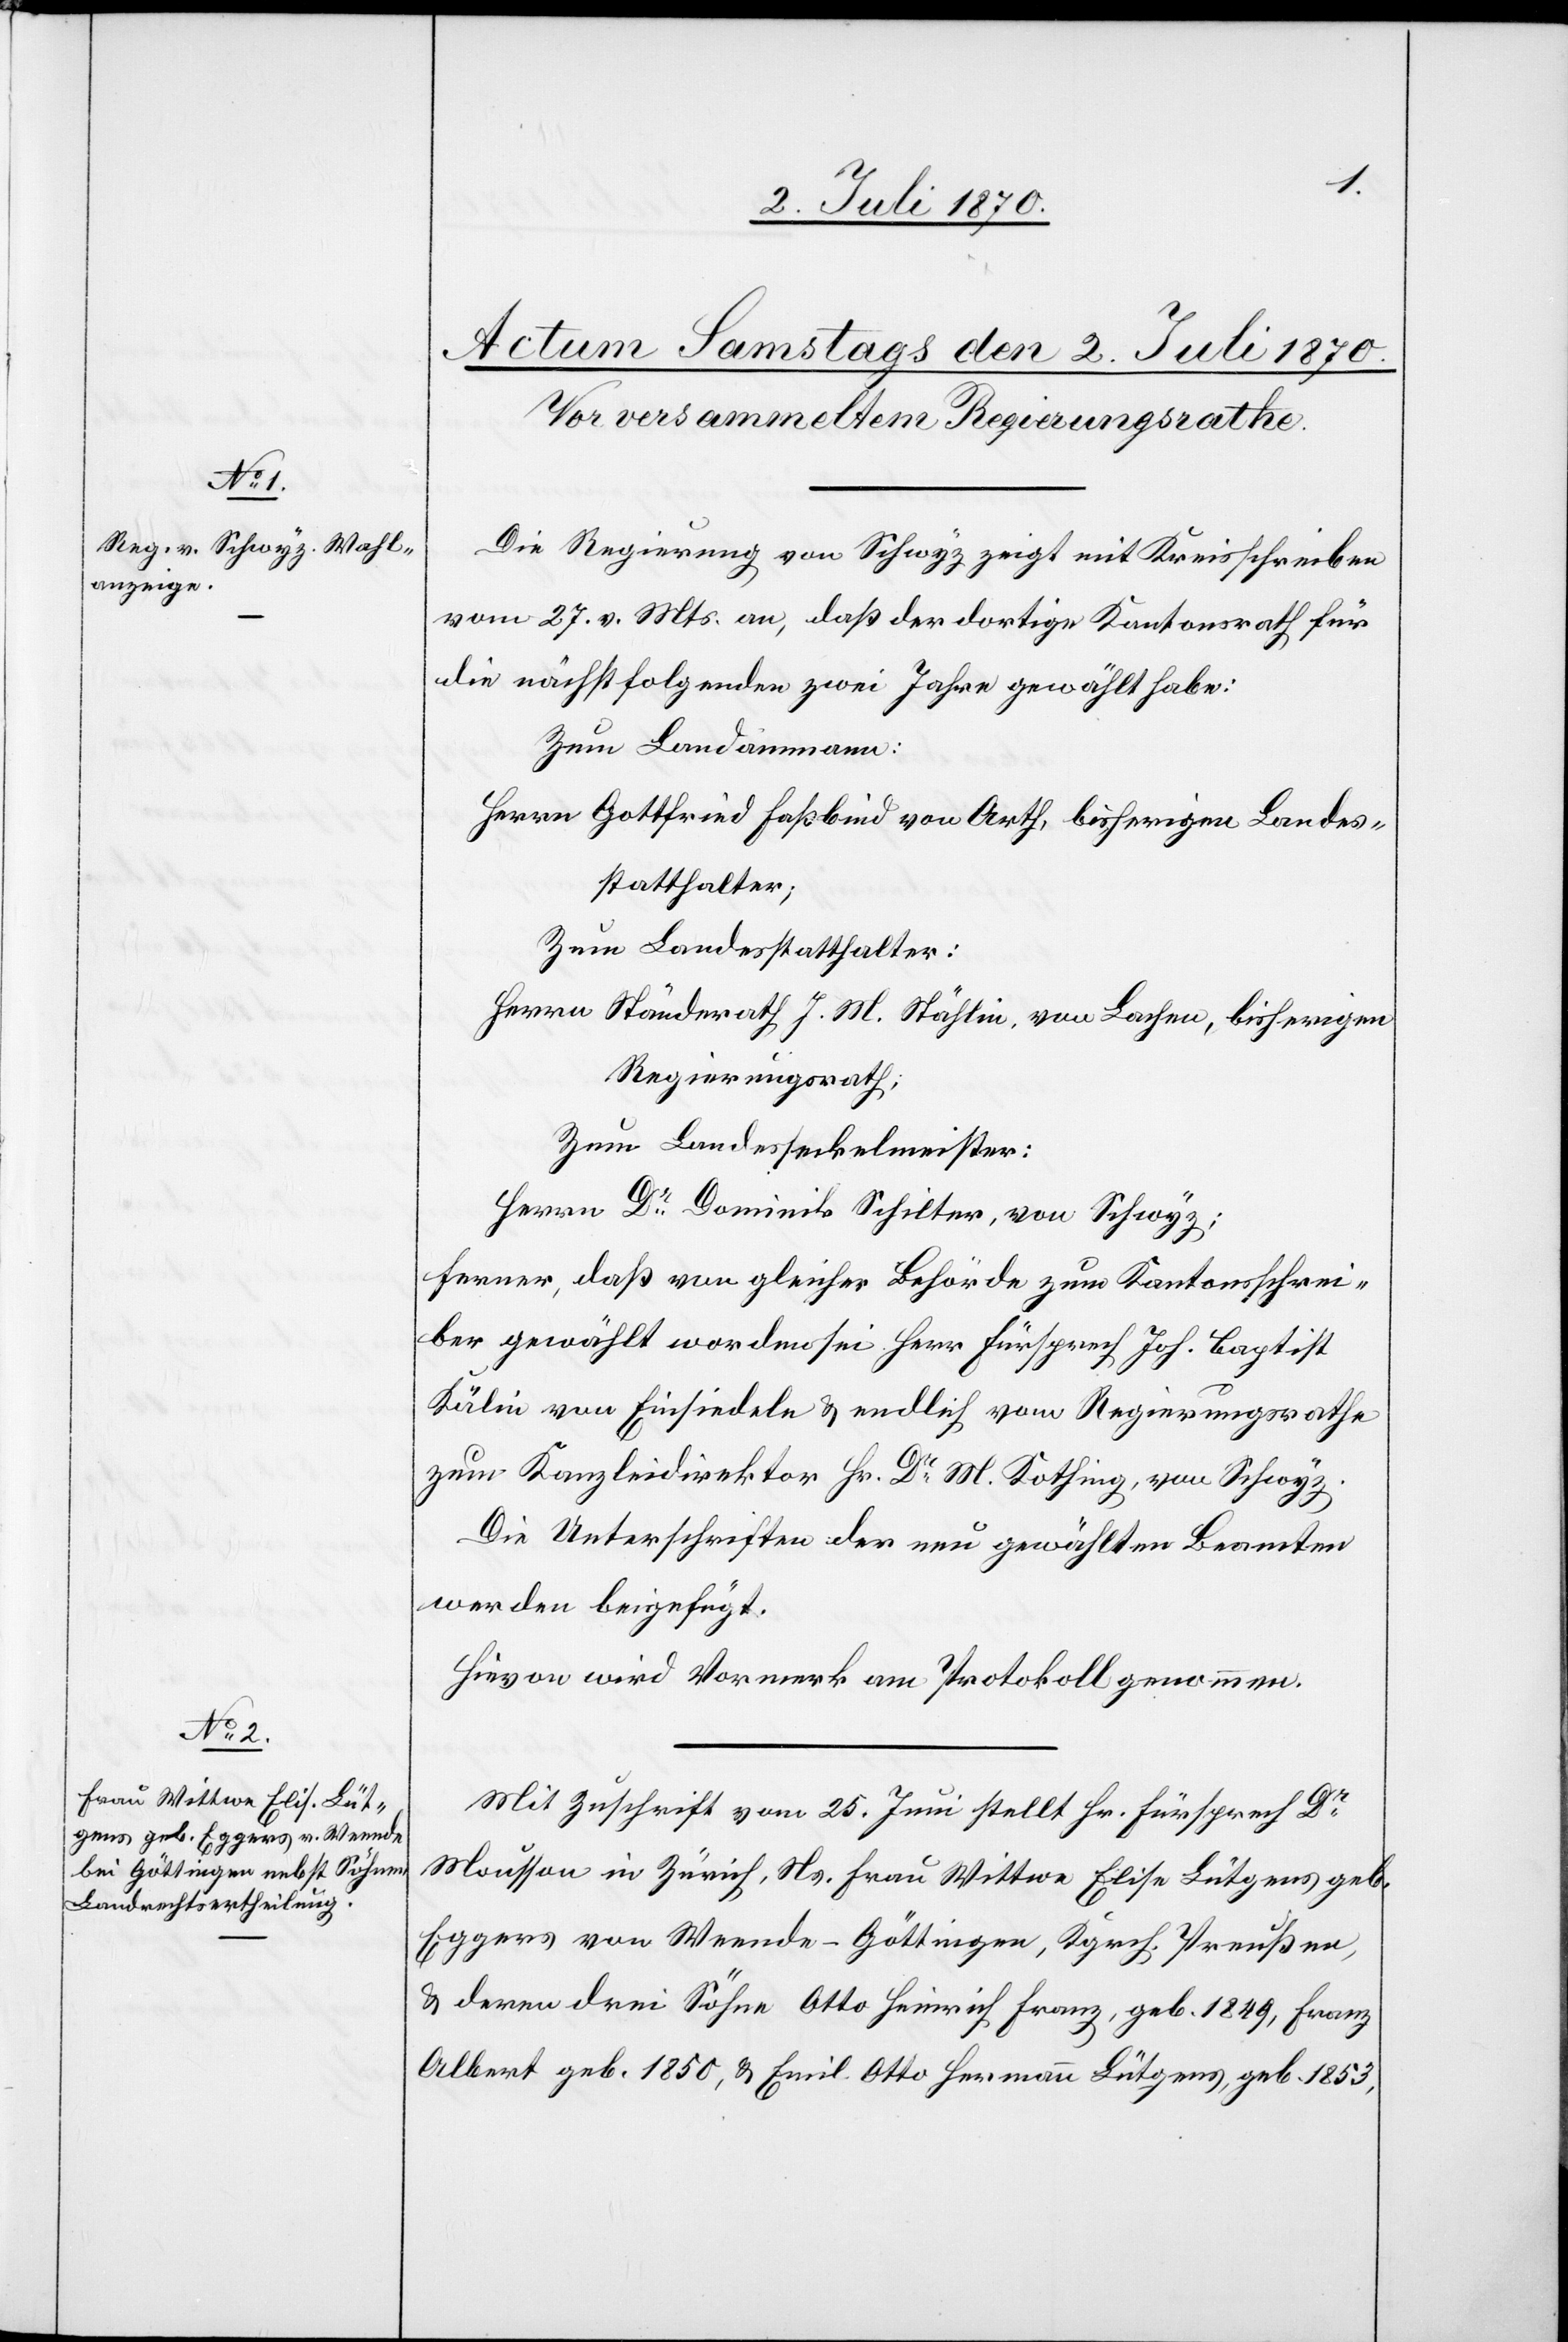
Die Regierung von Schwyz zeigt mit Kreisschreiben
vom 27. v. Mts. an, daß der dortige Kantonsrath für
die nächstfolgenden zwei Jahre gewählt habe:
Zum Landammann:
Herrn Gottfried Faßbind von Arth, bisherigen Landes¬
statthalter;
zum Landesstatthalter:
Herrn Ständerath J. M. Stählin, von Lachen, bisherigen
Regierungsrath;
zum Landesseckelmeister:
Herrn Dr Dominik Schilter, von Schwyz;
ferner, daß von gleicher Behörde zum Kantonsschrei¬
ber gewählt worden sei Herr Fürsprech Joh. Baptist
Kälin von Einsiedeln & endlich vom Regierungsrathe
zum Kanzleidirektor Hr. Dr M. Kothing, von Schwyz.
Die Unterschriften der neu gewählten Beamten
werden beigefügt.
Hievon wird Vormerk am Protokoll genommen.
Mit Zuschrift vom 25. Juni stellt Hr. Fürsprech Dr
Mousson in Zürich, Ns. Frau Wittwe Elisa Lütgens geb.
Eggers von Weende - Göttingen, Kgrch. Preußen,
& deren drei Söhne Otto Heinrich Franz, geb. 1849, Franz
Albert geb. 1850, & Emil Otto Hermann Lütgens, geb. 1853,